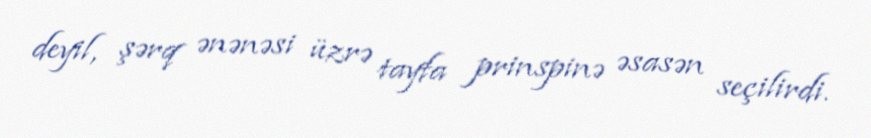
deyil, şərq ənənəsi üzrə tayfa prinspinə əsasən seçilirdi.